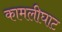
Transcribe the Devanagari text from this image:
कामलीघाट